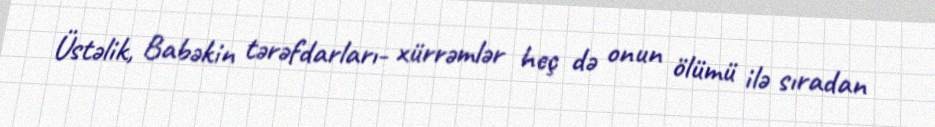
Üstəlik, Babəkin tərəfdarları- xürrəmlər heç də onun ölümü ilə sıradan